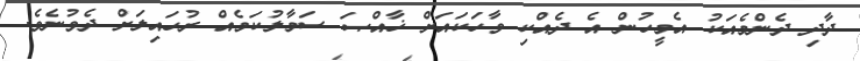
ދާދި ދެންމެއަކު އެމީހުން އެ ދެއްކި ވާހަކައަށް ޚާއްޞަ ސަމާލުކަމެއް ރުހައިލަށް ދެވުނެވެ.